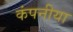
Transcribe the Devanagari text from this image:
कंपनीया